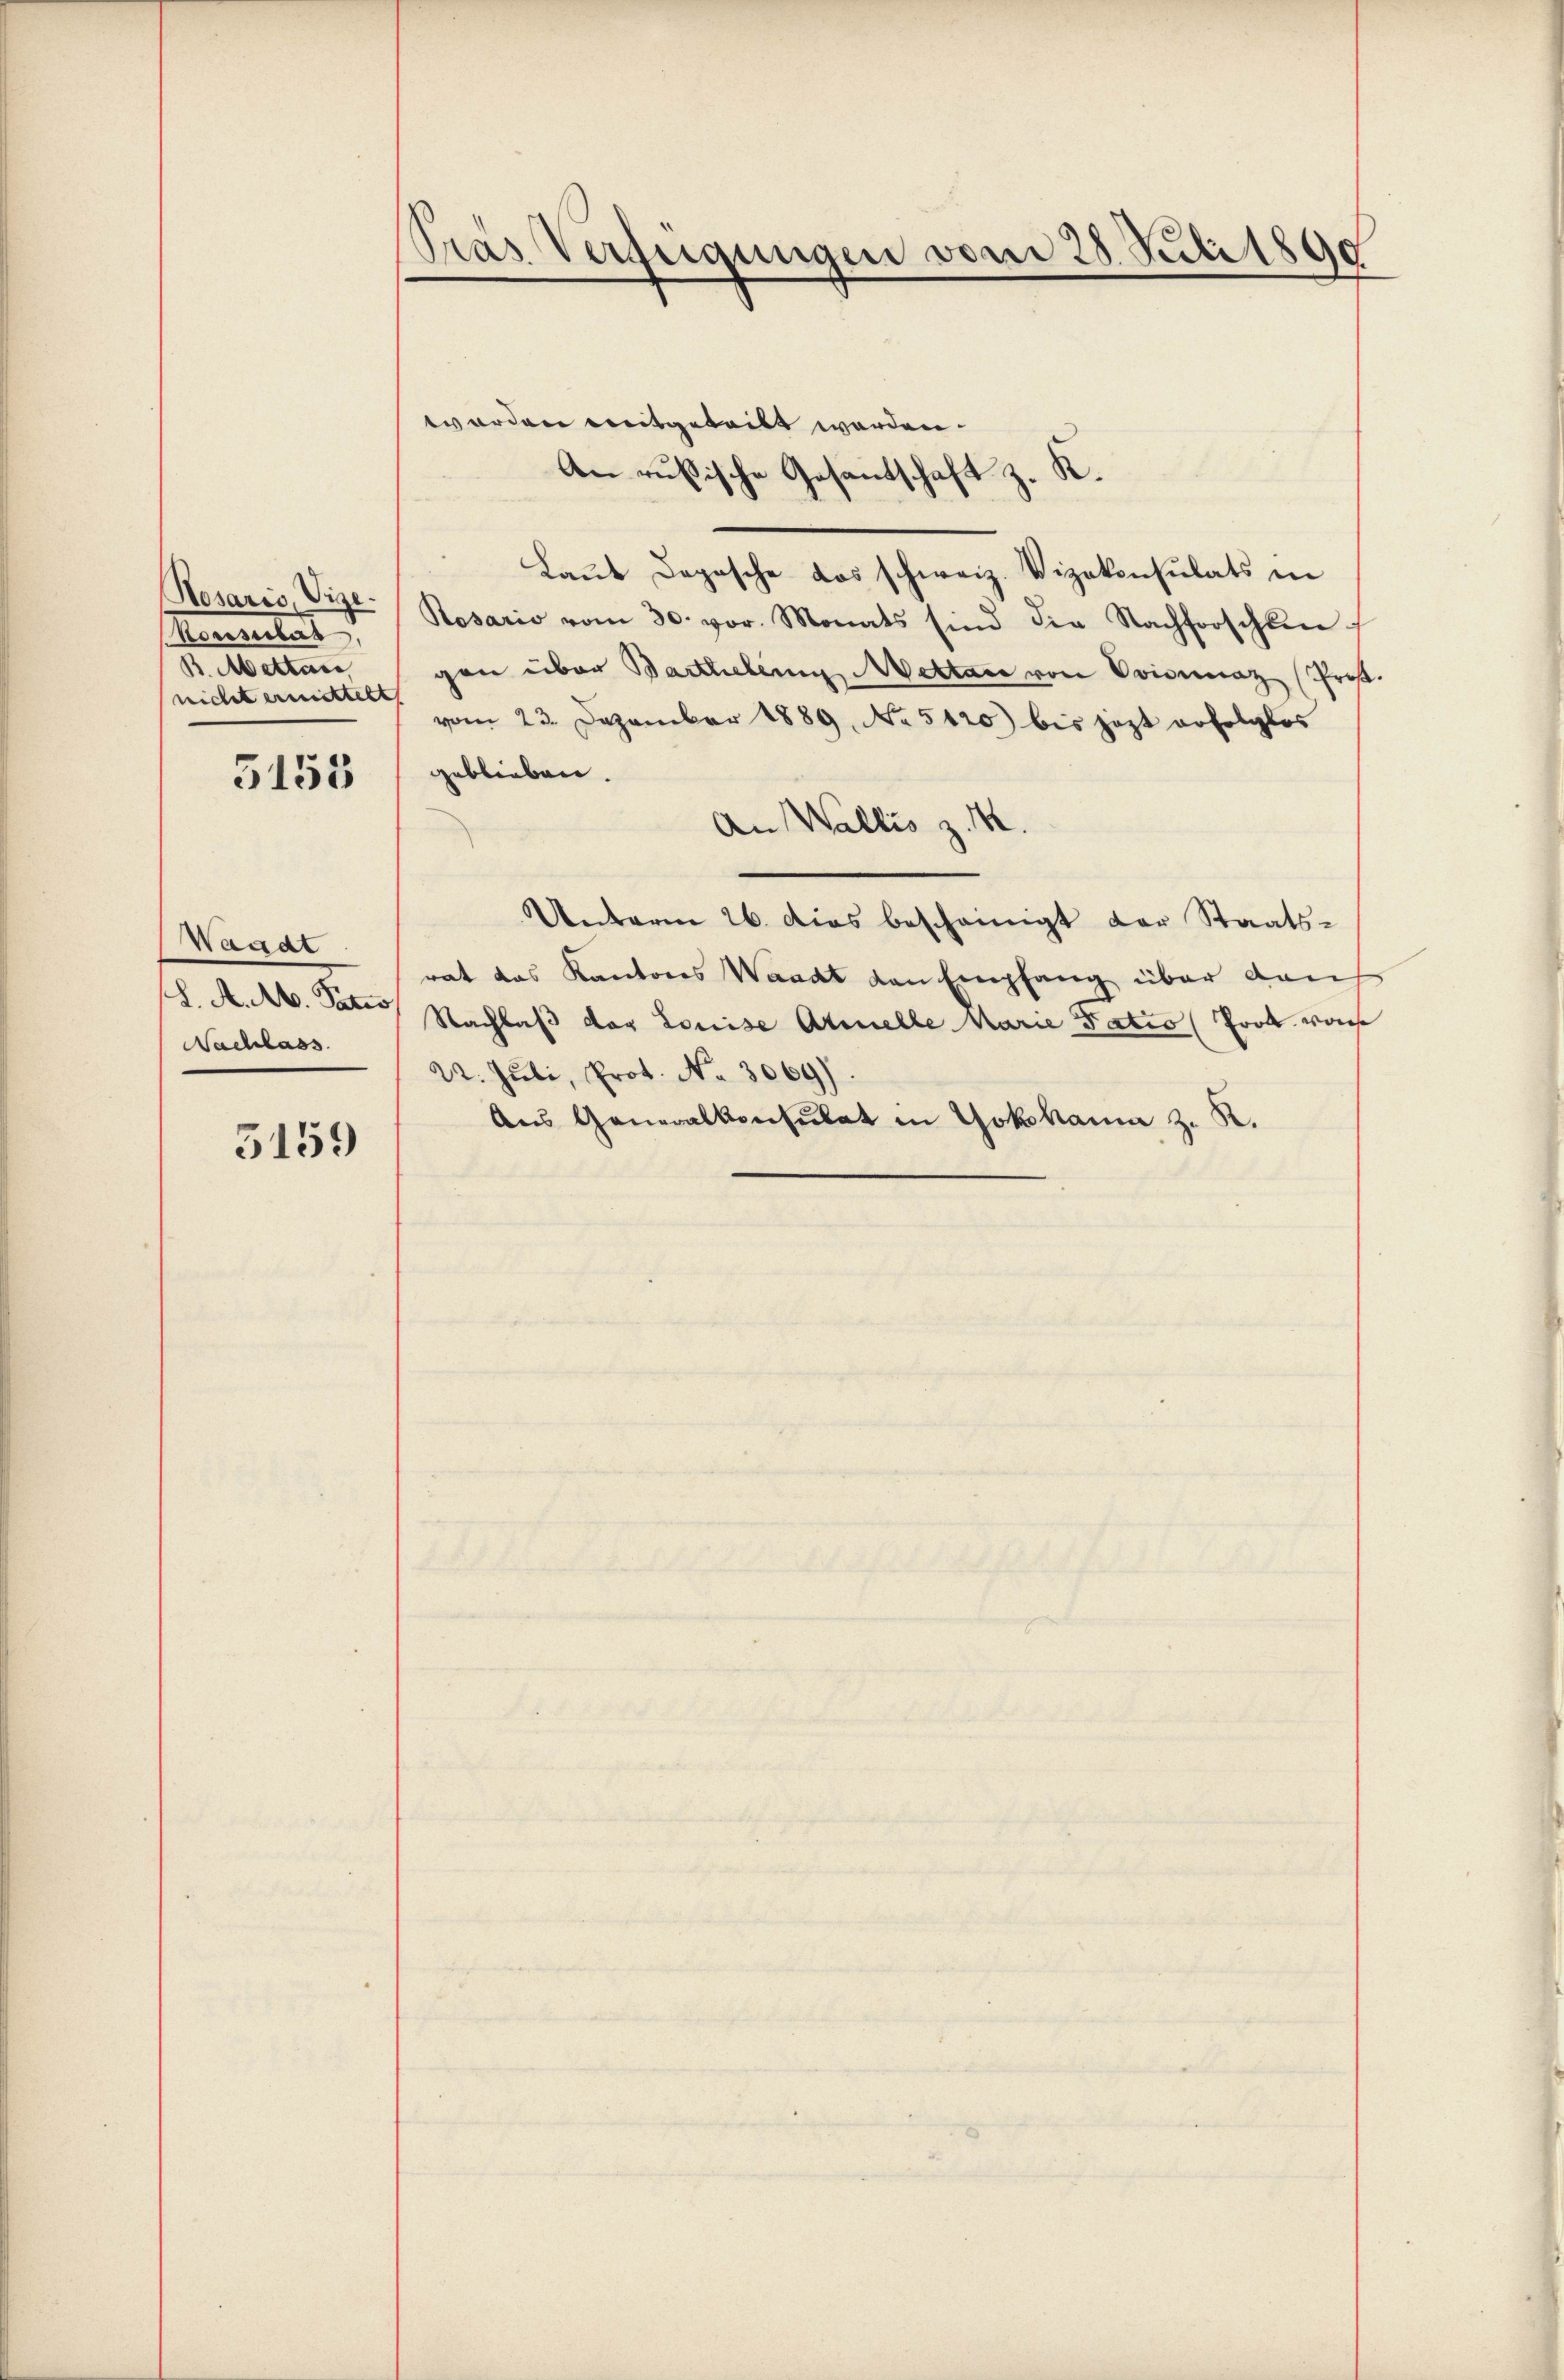
Rosario, Vize.
Mantes u
B. Mettan
nicht ermittelt

3153

Waadt
L. A. Ab. Patro
Nachlass

5159

Pras Verfügungen vom 28. Juli 1890

wworden mitgeteilt werden.
An rußische Gesandschaft z. K.
Laut Depesche das schweiz. Vizekonsulats in
Rosario vom 30. vor. Monats sind die Nachforschten
gen über Barthelen Wettare von Ovisuaz (Prof.
(vom 23. Dezember 1889 No 5120) bis jetzt erfolglos
geblieben.
An Wallis z. B.
Unterm 26. Das bescheinigt der Staats-
rat das Kantons Waadt den Empfang über dau
Nachlaß der Louise Armelle Marie Tatio Prok wose
22. Juli, Prot. No. 3069)
Aus Generalkonsulat in Yokohama z. K.